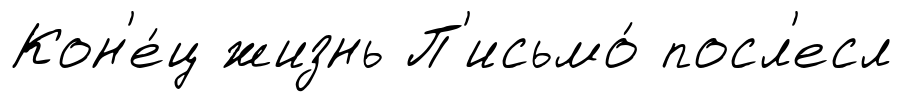
Кон'е́ц жизнь П'исьмо́ посл'есл